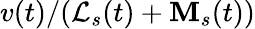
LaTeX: v(t)/(\mathcal{L}_{s}(t)+\mathbf{M}_{s}(t))